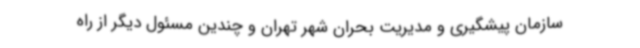
سازمان پیشگیری و مدیریت بحران شهر تهران و چندین مسئول دیگر از راه